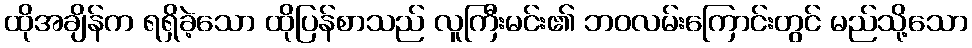
ထိုအချိန်က ရရှိခဲ့သော ထိုပြန်စာသည် လူကြီးမင်း၏ ဘဝလမ်းကြောင်းတွင် မည်သို့သော